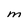
Character: M